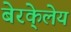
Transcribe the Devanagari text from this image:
बेरके्लेय